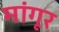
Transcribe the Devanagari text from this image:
मांगूर